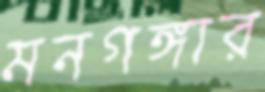
মনগঙ্গার